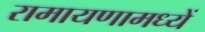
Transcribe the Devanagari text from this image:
रामायणामध्यें